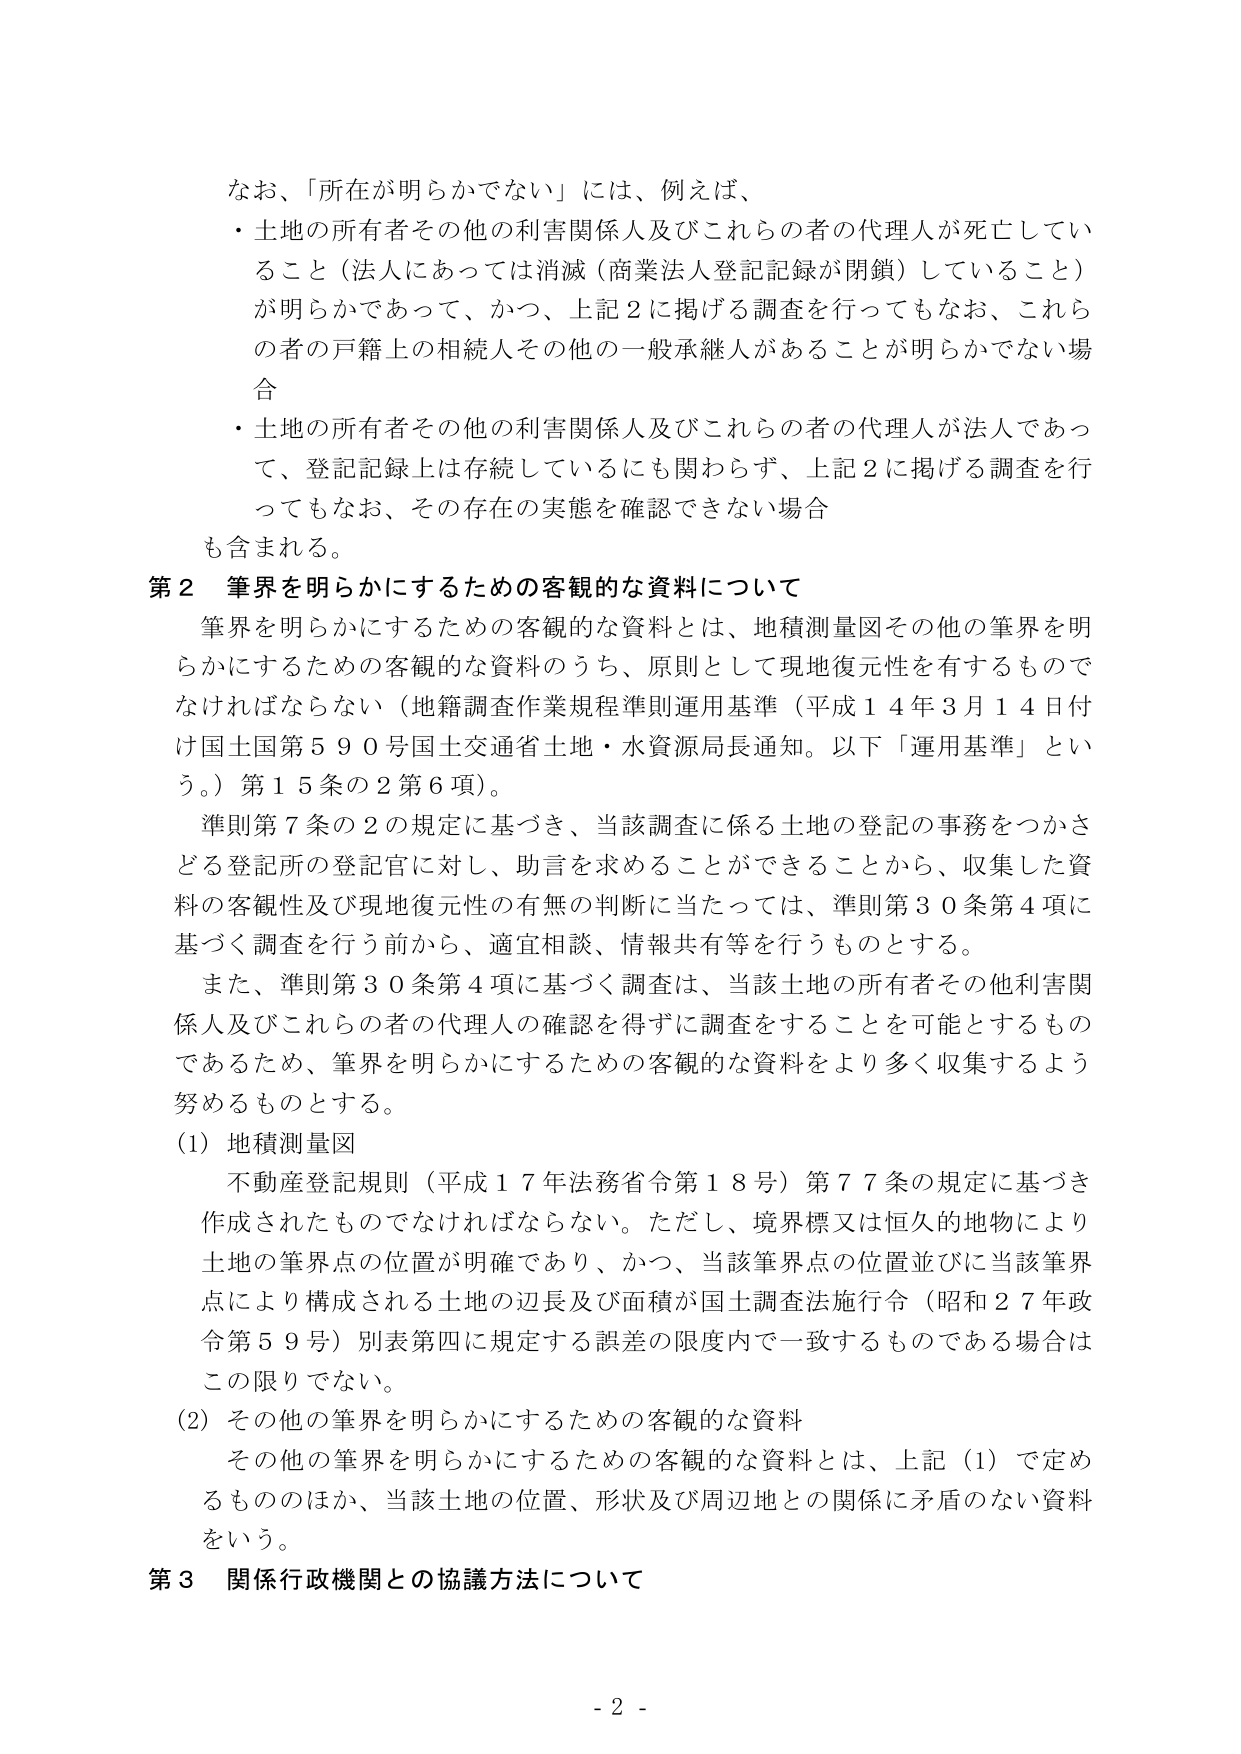
なお、「所在が明らかでない」には、例えば、
・土地の所有者その他の利害関係人及びこれらの者の代理人が死亡していること（法人にあっては消滅（商業法人登記記録が閉鎖）していること）が明らかであって、かつ、上記２に掲げる調査を行ってもなお、これらの者の戸籍上の相続人その他の一般承継人があることが明らかでない場合
・土地の所有者その他の利害関係人及びこれらの者の代理人が法人であって、登記記録上は存続しているにも関わらず、上記２に掲げる調査を行ってもなお、その存在の実態を確認できない場合
も含まれる。

第２ 筆界を明らかにするための客観的な資料について
筆界を明らかにするための客観的な資料とは、地積測量図その他の筆界を明らかにするための客観的な資料のうち、原則として現地復元性を有するものでなければならない（地籍調査作業規程準則運用基準（平成１４年３月１４日付け国土国第５９０号国土交通省土地・水資源局長通知。以下「運用基準」という。）第１５条の２第６項）。
準則第７条の２の規定に基づき、当該調査に係る土地の登記の事務をつかさどる登記所の登記官に対し、助言を求めることができることから、収集した資料の客観性及び現地復元性の有無の判断に当たっては、準則第３０条第４項に基づく調査を行う前から、適宜相談、情報共有等を行うものとする。
また、準則第３０条第４項に基づく調査は、当該土地の所有者その他利害関係人及びこれらの者の代理人の確認を得ずに調査をすることを可能とするものであるため、筆界を明らかにするための客観的な資料をより多く収集するよう努めるものとする。

（1）地積測量図
不動産登記規則（平成１７年法務省令第１８号）第７７条の規定に基づき作成されたものでなければならない。ただし、境界標又は恒久的地物により土地の筆界点の位置が明確であり、かつ、当該筆界点の位置並びに当該筆界点により構成される土地の辺長及び面積が国土調査法施行令（昭和２７年政令第５９号）別表第四に規定する誤差の限度内で一致するものである場合はこの限りでない。

（2）その他の筆界を明らかにするための客観的な資料
その他の筆界を明らかにするための客観的な資料とは、上記（1）で定めるもののほか、当該土地の位置、形状及び周辺地との関係に矛盾のない資料をいう。

第３ 関係行政機関との協議方法について

- 2 -